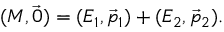
( M , { \vec { 0 } } ) = ( E _ { 1 } , { \vec { p } } _ { 1 } ) + ( E _ { 2 } , { \vec { p } } _ { 2 } ) .